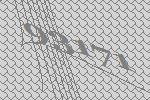
93171